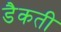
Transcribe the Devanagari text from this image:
डैकती